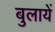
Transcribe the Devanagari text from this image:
बुलायें